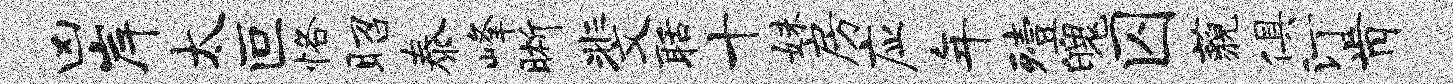
凶岸太叵恪昭泰峰晰斐聒十妹房应年殪魄囚藐俱汀肯